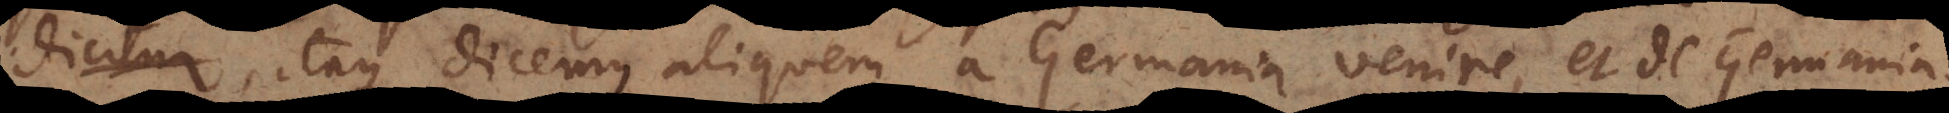
dicitur, itaque dicemus aliquem a Germania venire, et de Germania